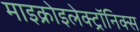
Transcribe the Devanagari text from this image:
माइक्रोइलेक्ट्रॉनिक्स